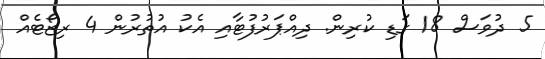
5 ދުވަސް 18 ގަޑި ކުރިން. ދިއްޕަރުފުޓާއި އެކު އުތުރުން 4 ރިޒޯޓެއް